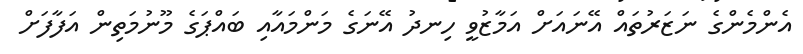
އެންމެންގެ ނަޒަރުތައް އޭނައަށް އަމާޒުވީ ހިނދު އޭނަގެ މަންމައާއި ބައްޕަގެ މޫނުމަތިން އަފާފަށް